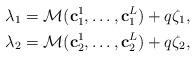
LaTeX: \begin{align*} \mathbf{\lambda}_1 &= \mathcal{M}(\mathbf{c}^1_1,\ldots,\mathbf{c}^L_1) + q \mathbf{\zeta}_1, \\ \mathbf{\lambda}_2 &= \mathcal{M}(\mathbf{c}^1_2,\ldots,\mathbf{c}^L_2) + q \mathbf{\zeta}_2,\end{align*}